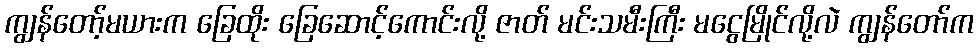
ကျွန်တော့်မယားက ခြေထိုး ခြေဆောင့်ကောင်းလို့ ဇာတ် မင်းသမီးကြီး မငွေမြိုင်လို့လဲ ကျွန်တော်က